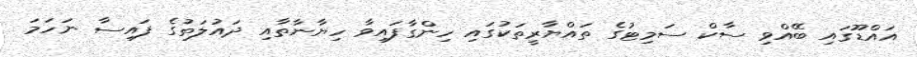
އައްޑޫގައި ބޭއްވި ސާކް ސަމިޓުގެ ތައްޔާރީތަކުގައި ހިންގާފައިވާ ހިޔާނާތާއި ދައުލަތުގެ ފައިސާ ނަހަމަ